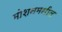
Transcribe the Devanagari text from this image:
मोशनमधील